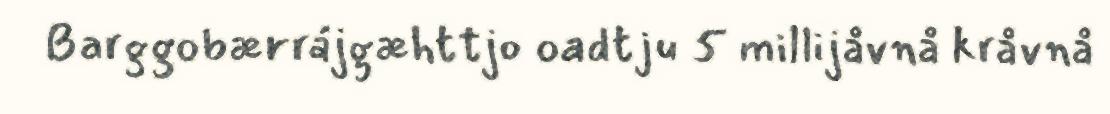
Barggobærrájgæhttjo oadtju 5 millijåvnå kråvnå